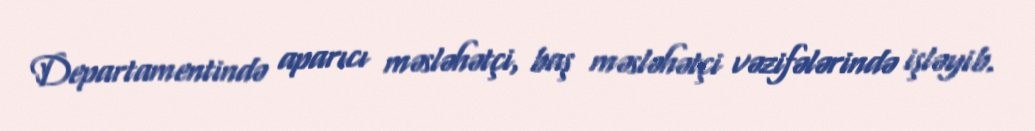
Departamentində aparıcı məsləhətçi, baş məsləhətçi vəzifələrində işləyib.